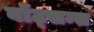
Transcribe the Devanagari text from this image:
वॉट्सन्स